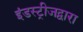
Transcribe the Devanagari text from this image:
इंडस्ट्रीजद्वारा